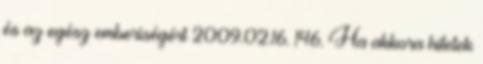
és az egész emberiségért 2009.02.16. 146. Ha akkora hitetek